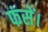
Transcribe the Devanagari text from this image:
फंसें।